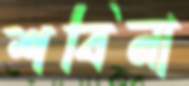
শবিনা